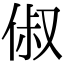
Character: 俶